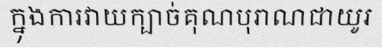
ក្នុងការវាយក្បាច់គុណបុរាណជាយូរ